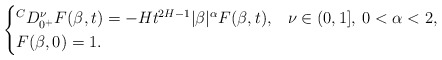
\begin{align*} \begin{cases} {}^C D^\nu_{0^+} F(\beta,t) = -Ht^{2H-1} | \beta |^\alpha F(\beta, t), & \nu \in (0,1], \: 0<\alpha<2, \\ F(\beta,0)=1. \end{cases} \end{align*}